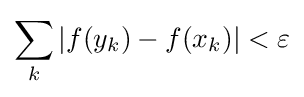
\sum _{k}|f(y_{k})-f(x_{k})|<\varepsilon